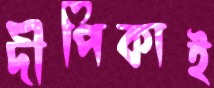
দীপিকাই